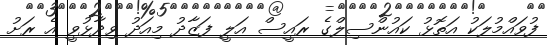
ފުވައްމުލަކު އަތޮޅު ކައުންސިލްގެ ރައީސް އަލީ ފަޒާދު މިއަދު ވިދާޅުވީ އެ ރަށު